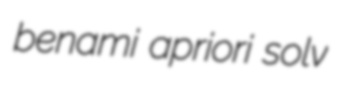
benami apriori solv